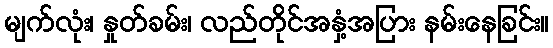
မျက်လုံး၊ နှုတ်ခမ်း၊ လည်တိုင်အနှံ့အပြား နမ်းနေခြင်း။